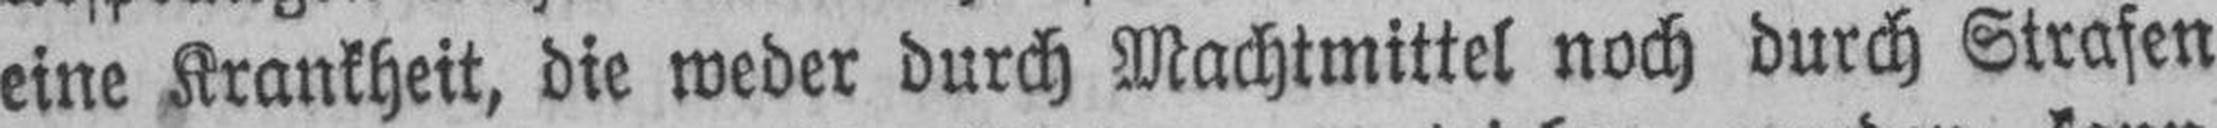
eine Krankheit, die weder durch Machtmittel noch durch Strafen